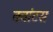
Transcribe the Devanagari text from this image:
क्‍वांटस